Plague in India, 1896, 1897 - Volume 1
Year: 1896
Disease focus: Plague
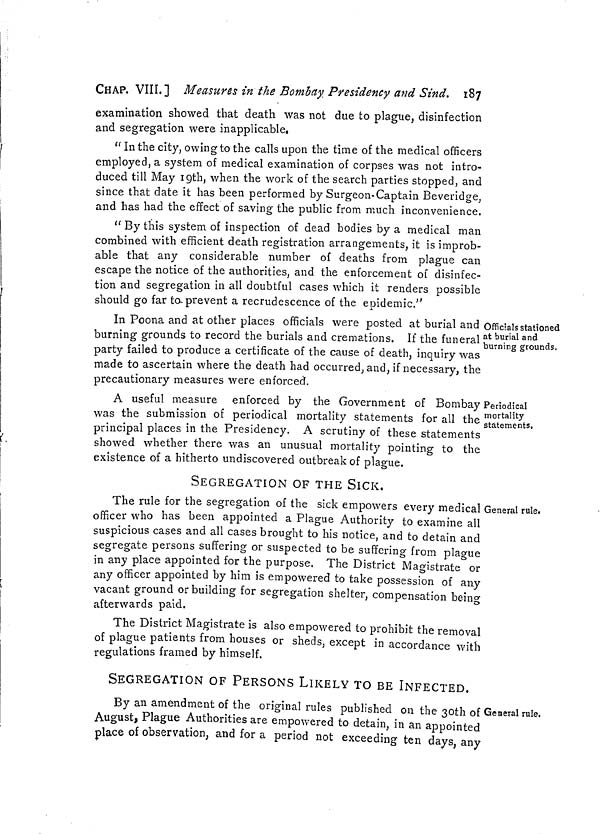
CHAP. VIII.] Measures in the Bombay. Presidency and Sind. 187
examination showed that death was not due to plague, disinfection
and segregation were inapplicable.
" In the city, owing to the calls upon the time of the medical officers
employed, a system of medical examination of corpses was not intro-
duced till May 19th, when the work of the search parties stopped, and
since that date it has been performed by Surgeon-Captain Beveridge,
and has had the effect of saving the public from much inconvenience.
" By this system of inspection of dead bodies by a medical man
combined with efficient death registration arrangements, it is improb-
able that any considerable number of deaths from plague can
escape the notice of the authorities, and the enforcement of disinfec-
tion and segregation in all doubtful cases which it renders possible
should go far ta prevent a recrudescence of the epidemic."
Officials stationed
at burial and
burning grounds,
In Poona and at other places officials were posted at burial and
burning grounds to record the burials and cremations. If the funeral
party failed to produce a certificate of the cause of death, inquiry was
made to ascertain where the death had occurred, and, if necessary, the
precautionary measures were enforced.
Periodical
mortality
statements,
A useful measure enforced by the Government of Bombay
was the submission of periodical mortality statements for all the
principal places in the Presidency. A scrutiny of these statements
showed whether there was an unusual mortality pointing to the
existence of a hitherto undiscovered outbreak of plague.
General rule.
SEGREGATION OF THE SICK.
The rule for the segregation of the sick empowers every medical
officer who has been appointed a Plague Authority to examine all
suspicious cases and all cases brought to his notice, and to detain and
segregate persons suffering or suspected to be suffering from plague
in any place appointed for the purpose. The District Magistrate or
any officer appointed by him is empowered to take possession of any
vacant ground or building for segregation shelter, compensation being
afterwards paid.
The District Magistrate is also empowered to prohibit the removal
of plague patients from houses or sheds, except in accordance with
regulations framed by himself.
General rule.
SEGREGATION OF PERSONS LIKELY TO BE INFECTED.
By an amendment of the original rules published on the 30th of
August, Plague Authorities are empowered to detain, in an appointed
place of observation, and for a period not exceeding ten days, any